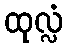
ထုလ္လံ